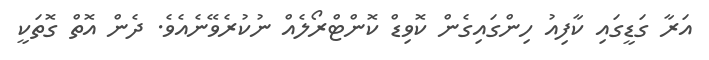
އަރާ ގަޑީގައި ކާފިއު ހިންގައިގެން ކޮވިޑް ކޮންޓްރޯލެއް ނުކުރެވޭނެއެވެ. ދެން އޮތް ގޮތަކީ